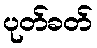
ပုတ်ခတ်